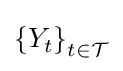
\left\{Y_{t}\right\}_{t\in {\mathcal {T}}}